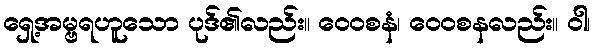
ရှေ့အမ္ဗရဟူသော ပုဒ်၏လည်း။ ဝေဝစနံ၊ ဝေဝစနလည်း။ ဝါ၊